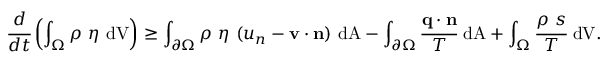
{ { \cfrac { d } { d t } } \left( \int _ { \Omega } \rho ~ \eta ~ { \mathrm { d V } } \right) \geq \int _ { \partial \Omega } \rho ~ \eta ~ ( u _ { n } - \mathbf { v } \cdot \mathbf { n } ) ~ { \mathrm { d A } } - \int _ { \partial \Omega } { \cfrac { \mathbf { q } \cdot \mathbf { n } } { T } } ~ { \mathrm { d A } } + \int _ { \Omega } { \cfrac { \rho ~ s } { T } } ~ { \mathrm { d V } } . }